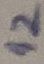
Text: 12